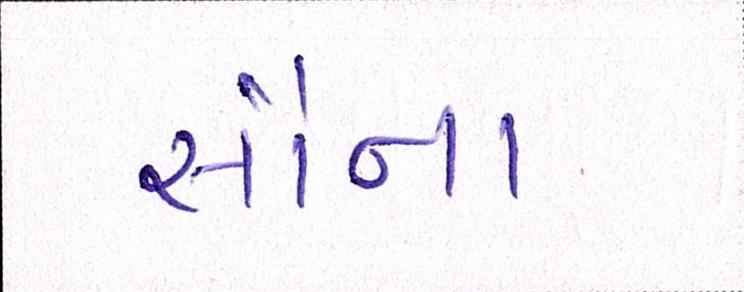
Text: સૌના